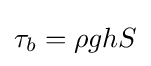
\tau _{b}=\rho ghS